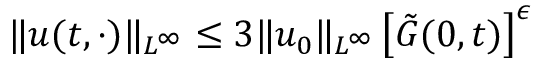
\| u ( t , \cdot ) \| _ { L ^ { \infty } } \leq 3 \| u _ { 0 } \| _ { L ^ { \infty } } \left[ \tilde { G } ( 0 , t ) \right] ^ { \epsilon }